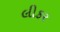
લીકર